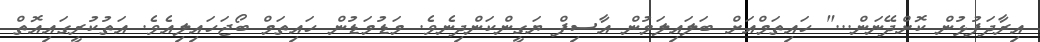
އިރާދަފުޅުން ކޮށްދޭނަން..." ހައިތަމްއަށް ބަލައިލަމުން އާސިފް ޔަގީންކަންދިނެވެ. މަޑުމަޑުން ހައިތަމް ބޯޖަހައިލިއެވެ. އަތުކުރީގައިއޮތް